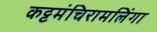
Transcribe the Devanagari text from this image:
कट्टमंचिरामलिंगा